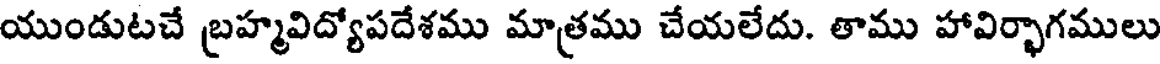
యుండుటచే బ్రహ్మవిద్యోపదేశము మాత్రము చేయలేదు. తాము హావిర్భాగములు